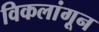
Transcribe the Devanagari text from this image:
विकलांगून